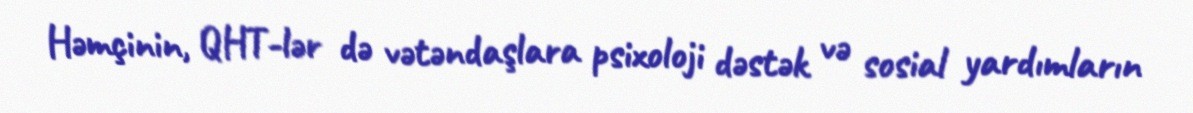
Həmçinin, QHT-lər də vətəndaşlara psixoloji dəstək və sosial yardımların